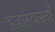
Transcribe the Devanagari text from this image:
हजारदास्ताँ